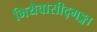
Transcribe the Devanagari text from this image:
भियैवासीद्गङ्गा